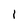
Character: 1